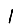
Digit: 1